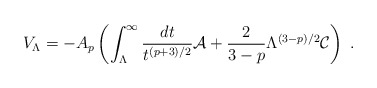
\begin{align*}V_\Lambda = -A_p\left(\int_\Lambda^\infty {dt\over t^{(p+3)/2}} {\cal A} +{2\over 3-p}\Lambda^{(3-p)/2} {\cal C}\right)\ .\end{align*}